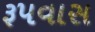
રૂપવાસ